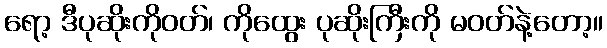
ရော့ ဒီပုဆိုးကိုဝတ်၊ ကိုထွေး ပုဆိုးကြီးကို မဝတ်နဲ့တော့။